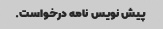
پیش نویس نامه درخواست.